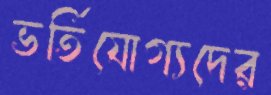
ভর্তিযোগ্যদের